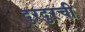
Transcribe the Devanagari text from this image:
दुरदुरची